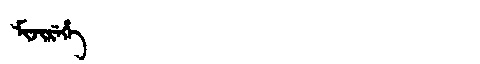
Manchu: ᠮᡳᠵᡳᡵᡝᡥᡝ
Romanization: MIJIREHE